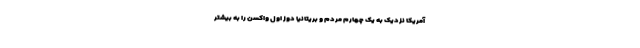
آمریکا نزدیک به یک چهارم مردم و بریتانیا دوز اول واکسن را به بیشتر